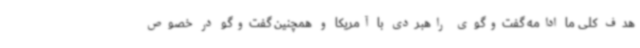
هدف کلی ما ادامه گفت‌وگوی راهبردی با آمریکا و همچنین گفت‌وگو در خصوص